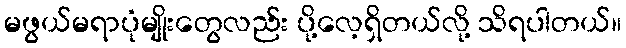
မဖွယ်မရာပုံမျိုးတွေလည်း ပို့လေ့ရှိတယ်လို့ သိရပါတယ်။